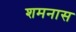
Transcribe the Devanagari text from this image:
शमनास